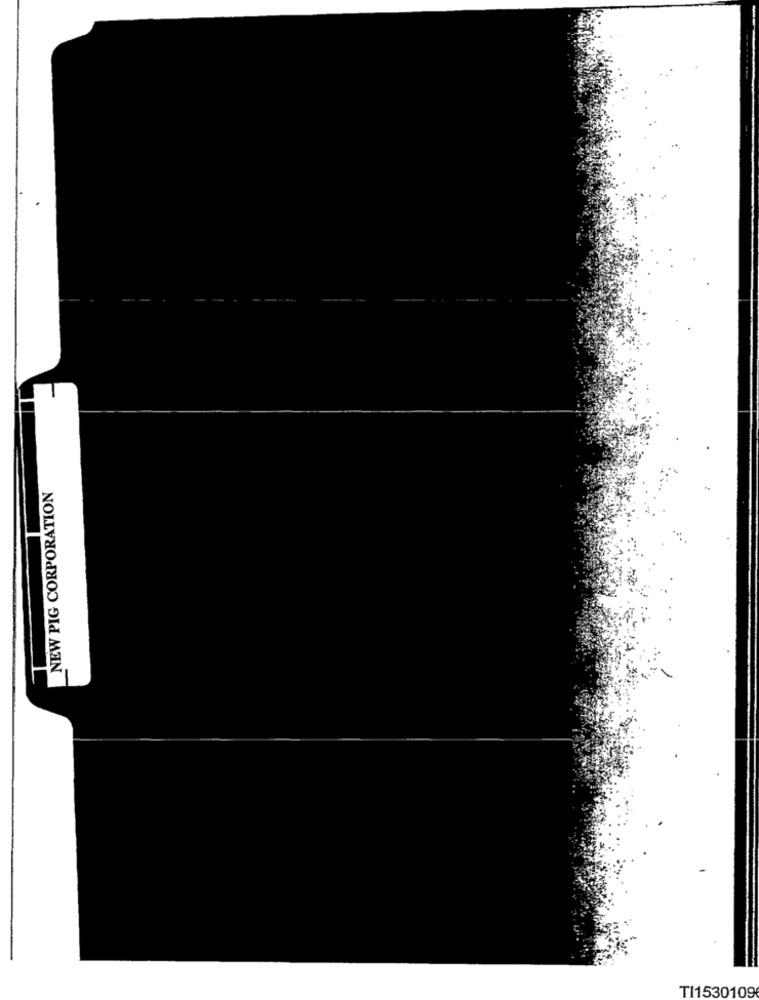
NEW PIG CORPORATION
TI1530109